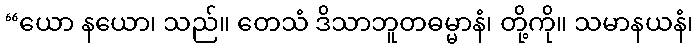
“ယော နယော၊ သည်။ တေသံ ဒိသာဘူတဓမ္မာနံ၊ တို့ကို။ သမာနယနံ၊